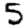
Digit: 5